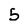
Character: 5